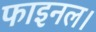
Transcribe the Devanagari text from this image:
फाइनल।